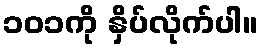
၁၀၁ကို နှိပ်လိုက်ပါ။